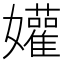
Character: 孉